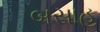
બસાહ